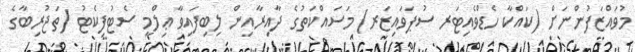
މުވައްޒަފުންނަށް (ކައްކާ ހެޑްވެއިޓަރ ސުޕަވައިޒަރ) މަސައްކަތުގެ ދާއިރާއިން ލިބިފައިވާ ޢިލްމީ ސެޓުފިކެޓު (ތަޖުރިބާގެ